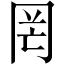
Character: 罔